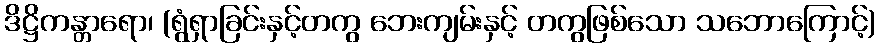
ဒိဋ္ဌိကန္တာရော၊ (ရွံရှာခြင်းနှင့်တကွ ဘေးကျမ်းနှင့် တကွဖြစ်သော သဘောကြောင့်)